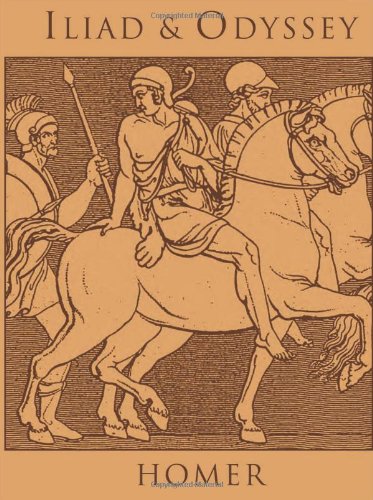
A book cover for Iliad and Odyssey; Homer; Science Fiction & Fantasy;